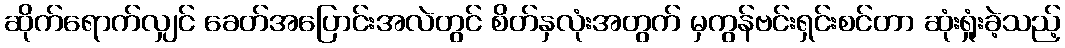
ဆိုက်ရောက်လျှင် ခေတ်အပြောင်းအလဲတွင် စိတ်နှလုံးအတွက် မှကွန်ဗင်းရှင်းစင်တာ ဆုံးရှုံးခဲ့သည့်